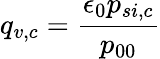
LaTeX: q_{v,c}=\frac{\epsilon_{0}p_{si,c}}{p_{00}}